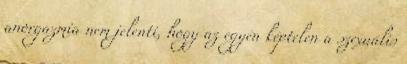
anorgazmia nem jelenti, hogy az egyén képtelen a szexuális